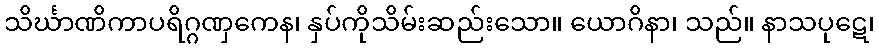
သိင်္ဃာဏိကာပရိဂ္ဂဏှကေန၊ နှပ်ကိုသိမ်းဆည်းသော။ ယောဂိနာ၊ သည်။ နာသပုဋေ၊